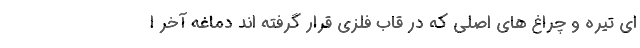
ای تیره و چراغ های اصلی که در قاب فلزی قرار گرفته اند دماغه آخر ا